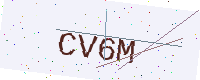
Text: CV6M